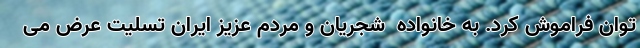
توان فراموش کرد. به خانواده  شجریان و مردم عزیز ایران تسلیت عرض می